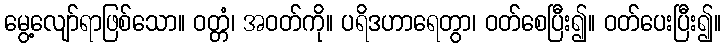
မွေ့လျော်ရာဖြစ်သော။ ဝတ္တံ၊ အဝတ်ကို။ ပရိဒဟာရေတွာ၊ ဝတ်စေပြီး၍။ ဝတ်ပေးပြီး၍။